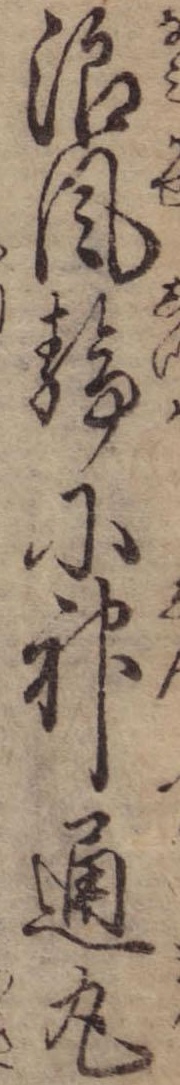
浪風静に神通丸